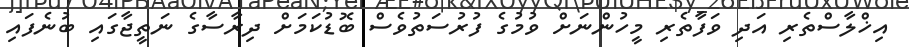
އިޚްލާސްތެރި އަދި ވަފާތެރި މީހުންނަށް ވުމުގެ ފުރުސަތުވެސް ބޮޑުކަމަށް ދިރާސާގެ ނަތީޖާގައި ބުނެފައި